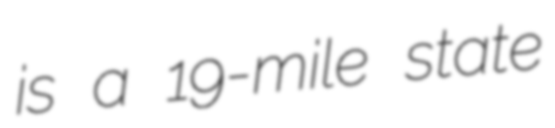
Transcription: is a 19-mile state